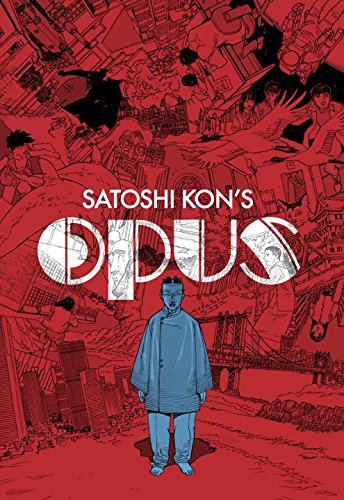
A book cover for Satoshi Kon's: Opus; Satoshi Kon; Comics & Graphic Novels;